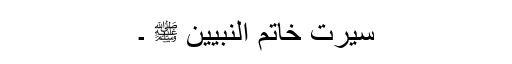
سیرت خاتم النبیین ﷺ ۔